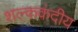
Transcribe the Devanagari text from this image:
शल्ककंदीय